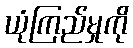
ယုံကြည်မှုကို